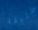
طليقة